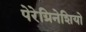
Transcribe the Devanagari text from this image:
पेरेग्रिनेशियो